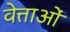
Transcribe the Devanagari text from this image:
वेत्ताओं